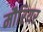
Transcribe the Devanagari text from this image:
मौरियर